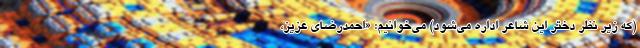
(که زیر نظر دختر این شاعر اداره می‌شود) می‌خوانیم: «احمدرضای عزیز،